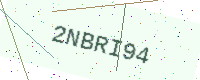
Text: 2NBRI94